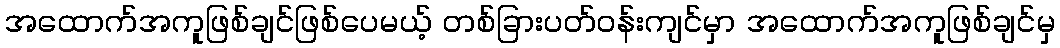
အထောက်အကူဖြစ်ချင်ဖြစ်ပေမယ့် တစ်ခြားပတ်ဝန်းကျင်မှာ အထောက်အကူဖြစ်ချင်မှ